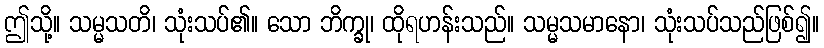
ဤသို့။ သမ္မသတိ၊ သုံးသပ်၏။ သော ဘိက္ခု၊ ထိုရဟန်းသည်။ သမ္မသမာနော၊ သုံးသပ်သည်ဖြစ်၍။